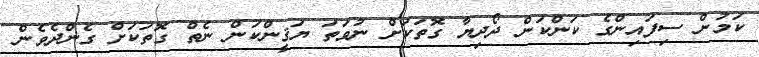
ކަމުން ސިފައިންގެ ކަންކަން ދޯދިޔާ ގޮތަކަށް ނުވަތަ ޔަޤީންކަން ނެތް ގޮތަކަށް ގެންދެވެން